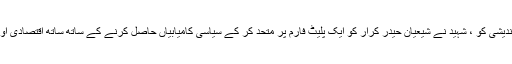
ہمارا سلام ہو شہید سید ضیاءالدین کی بصیرت اور دور اندیشی کو ، شہید نے شیعیان حیدر کرار کو ایک پلیٹ فارم پر متحد کر کے سیاسی کامیابیاں حاصل کرنے کے ساتھ ساتھ اقتصادی اور تعلیمی حوالے سے بھی بہت ساری خدمات انجام دیں ۔